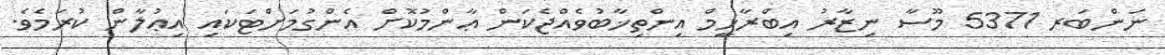
ނަންބަރ 5371 މޫސާ ނިޒާރު އިބްރާހީމް އިންތިޚާބުވެއްޖެކަން ޢާންމުކޮށް އެންގުމަށްޓަކައި އިޢުލާން ކުރަމެވެ.